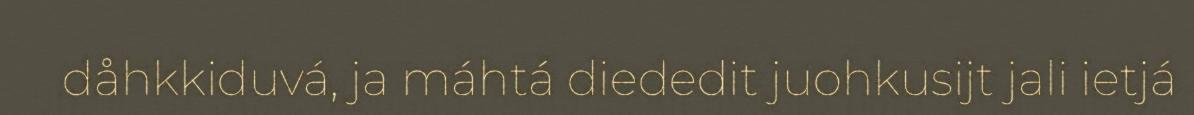
dåhkkiduvá, ja máhtá diededit juohkusijt jali ietjá